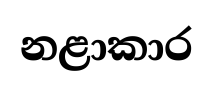
නළාකාර